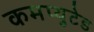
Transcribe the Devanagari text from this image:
कमप्युटेड